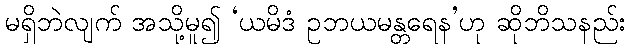
မရှိဘဲလျက် အသို့မူ၍ ‘ယမိဒံ ဥဘယမန္တရေန’ဟု ဆိုဘိသနည်း